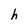
Character: h